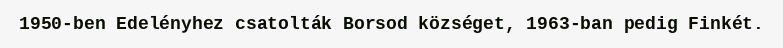
1950-ben Edelényhez csatolták Borsod községet, 1963-ban pedig Finkét.